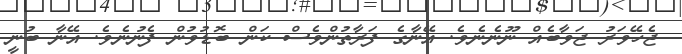
ޖެހޭވަރު ޖަވާބެއް ނޫނެނެވެ. އޭނާގެ ފަރާތުންވެސް ކަން ބޮޑުވުން ފެނުނެވެ. އޭނާ ބުނީ